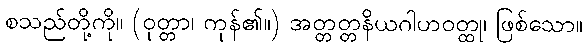
စသည်တို့ကို။ (ဝုတ္တာ၊ ကုန်၏။) အတ္တတ္တနိယဂါဟဝတ္ထု၊ ဖြစ်သော။